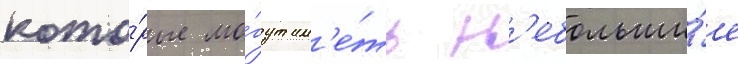
кото́рые мо́гут им'е́ть н'ебольши́е